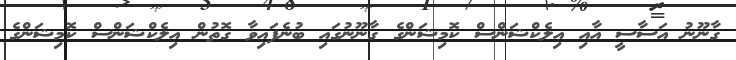
ގާނޫނު އަސާސީ އާއި އިލެކްޝަންސް ކޮމިޝަންގެ ގާނޫނުގައި ބުނެފައިވާ ގޮތުން އިލެކްޝަންސް ކޮމިޝަންގެ